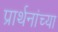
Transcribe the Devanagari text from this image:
प्रार्थनांच्या